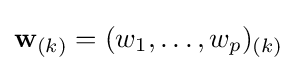
\mathbf {w} _{(k)}=(w_{1},\dots ,w_{p})_{(k)}